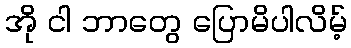
အို ငါ ဘာတွေ ပြောမိပါလိမ့်